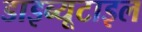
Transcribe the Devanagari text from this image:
डाइब्यूटाइल